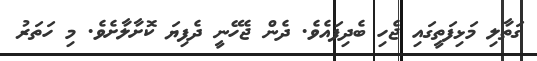
ގަތާލި މަޅިފަތީގައި ޖެހި ބެދިފައެވެ. ދެން ޖެހޭނީ ދެފިޔަ ކޮށާލާށެވެ. މި ހަތަރު